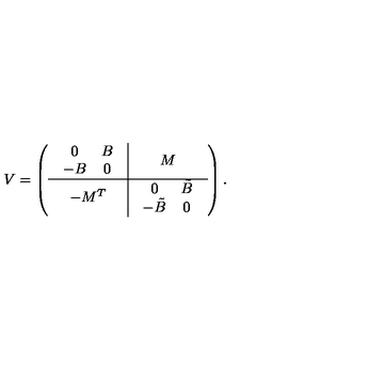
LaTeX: V = \left( \begin{array} { c | c } { \begin{array} { c c } { 0 } & { B } \\ { - B } & { 0 } \\ \end{array} } & { M } \\ \hline { - M ^ { T } } & { \begin{array} { c c } { 0 } & { \tilde { B } } \\ { - \tilde { B } } & { 0 } \\ \end{array} } \\ \end{array} \right) .